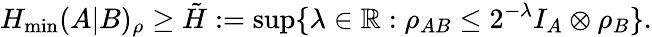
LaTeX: H_{\operatorname*{min}}(A|B)_{\rho}\geq\tilde{H}:=\operatorname*{sup}\{ \lambda\in\mathbb{R}:\rho_{AB}\leq 2^{-\lambda}I_{A}\otimes\rho_{B}\} .